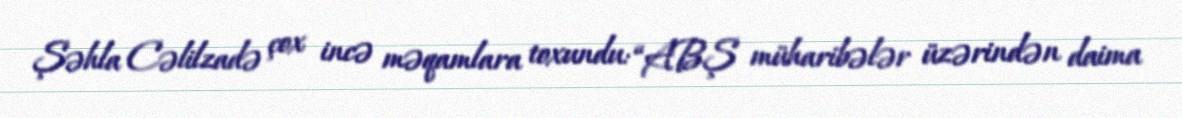
Şəhla Cəlilzadə çox incə məqamlara toxundu: “ABŞ müharibələr üzərindən daima